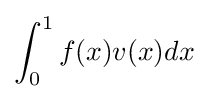
\int _{0}^{1}f(x)v(x)dx